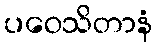
ပဝေသိတာနံ